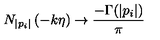
N _ { | p _ { i } | } \left( - k \eta \right) \to \frac { - \Gamma ( | p _ { i } | ) } { \pi }